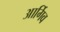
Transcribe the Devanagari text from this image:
आर्गिव